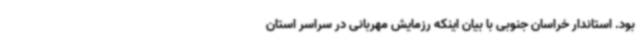
بود. استاندار خراسان جنوبی با بیان اینکه رزمایش مهربانی در سراسر استان